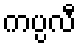
ကပ္ပလီ